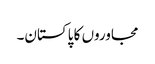
مجاوروں کا پاکستان۔